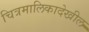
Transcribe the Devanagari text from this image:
चित्रमालिकादेखील